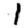
Digit: 1